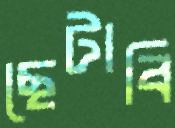
ছেটাবি